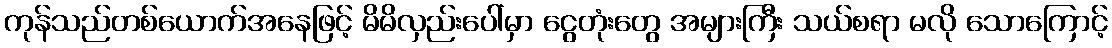
ကုန်သည်တစ်ယောက်အနေဖြင့် မိမိလှည်းပေါ်မှာ ငွေတုံးတွေ အများကြီး သယ်စရာ မလို သောကြောင့်